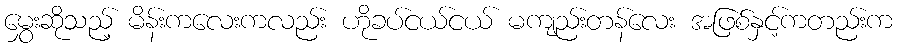
မွှေးဆိုသည့် မိန်းကလေးကလည်း ဟိုခပ်ငယ်ငယ် မကျည်းတန်လေး အဖြစ်နှင့်ကတည်းက